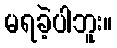
မရခဲ့ပါဘူး။